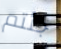
جئتم